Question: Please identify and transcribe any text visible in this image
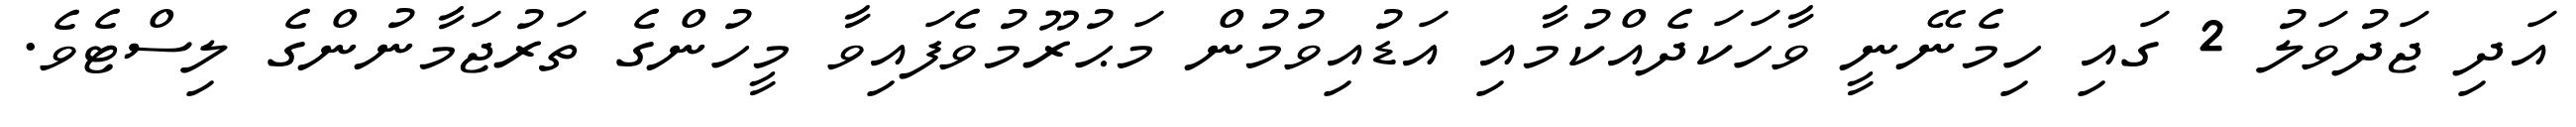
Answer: އަދި ޖަދުވަލު 2 ގައި ހިމެނޭނީ ވާހަކަދެއްކުމާއި އަޑުއިވުމުން މަޙުރޫމުވެފައިވާ މީހުންގެ ތަރުޖަމާނުންގެ ލިސްޓެވެ.